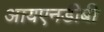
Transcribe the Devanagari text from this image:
आयएनडीबी